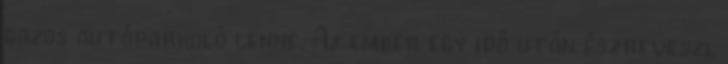
gazos autóparkoló lenne. Az ember egy idő után észreveszi,